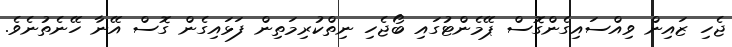
ޖެހި ޒައިން ވިއްސައިގެންގޮސް ޕޭމެންޓުގައި ބޯޖެހި ނިތްކުރިމަތިން ފަޅައިގެން ގޮސް އޭނާ ހޭނެތުނެވެ.